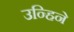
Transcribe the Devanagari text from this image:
उन्हिने